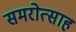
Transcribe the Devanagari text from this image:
समरोत्साह